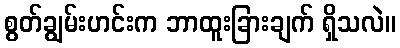
စွတ်ချွမ်းဟင်းက ဘာထူးခြားချက် ရှိသလဲ။